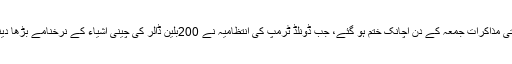
چین اور امریکہ کے مابین جاری تجارتی مذاکرات جمعہ کے دن اچانک ختم ہو گئے، جب ڈونلڈ ٹرمپ کی انتظامیہ نے 200بلین ڈالر کی چینی اشیاء کے نرخنامے بڑھا دینے کے فیصلے کو عملی شکل دے دی۔